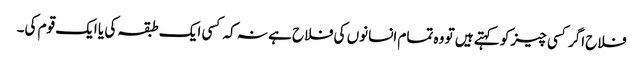
فلاح اگر کسی چیز کو کہتے ہیں تو وہ تمام انسانوں کی فلاح ہے نہ کہ کسی ایک طبقہ کی یا ایک قوم کی۔